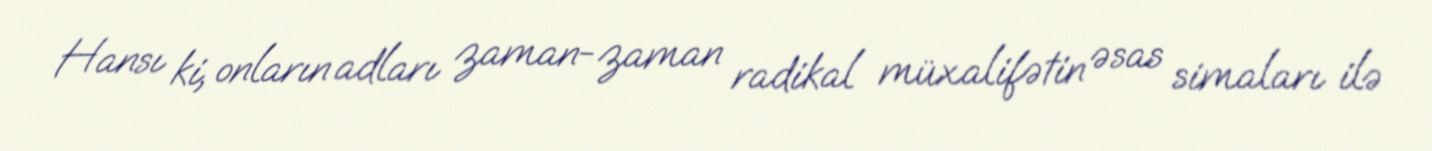
Hansı ki, onların adları zaman-zaman radikal müxalifətin əsas simaları ilə